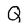
Character: Q